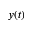
y ( t )